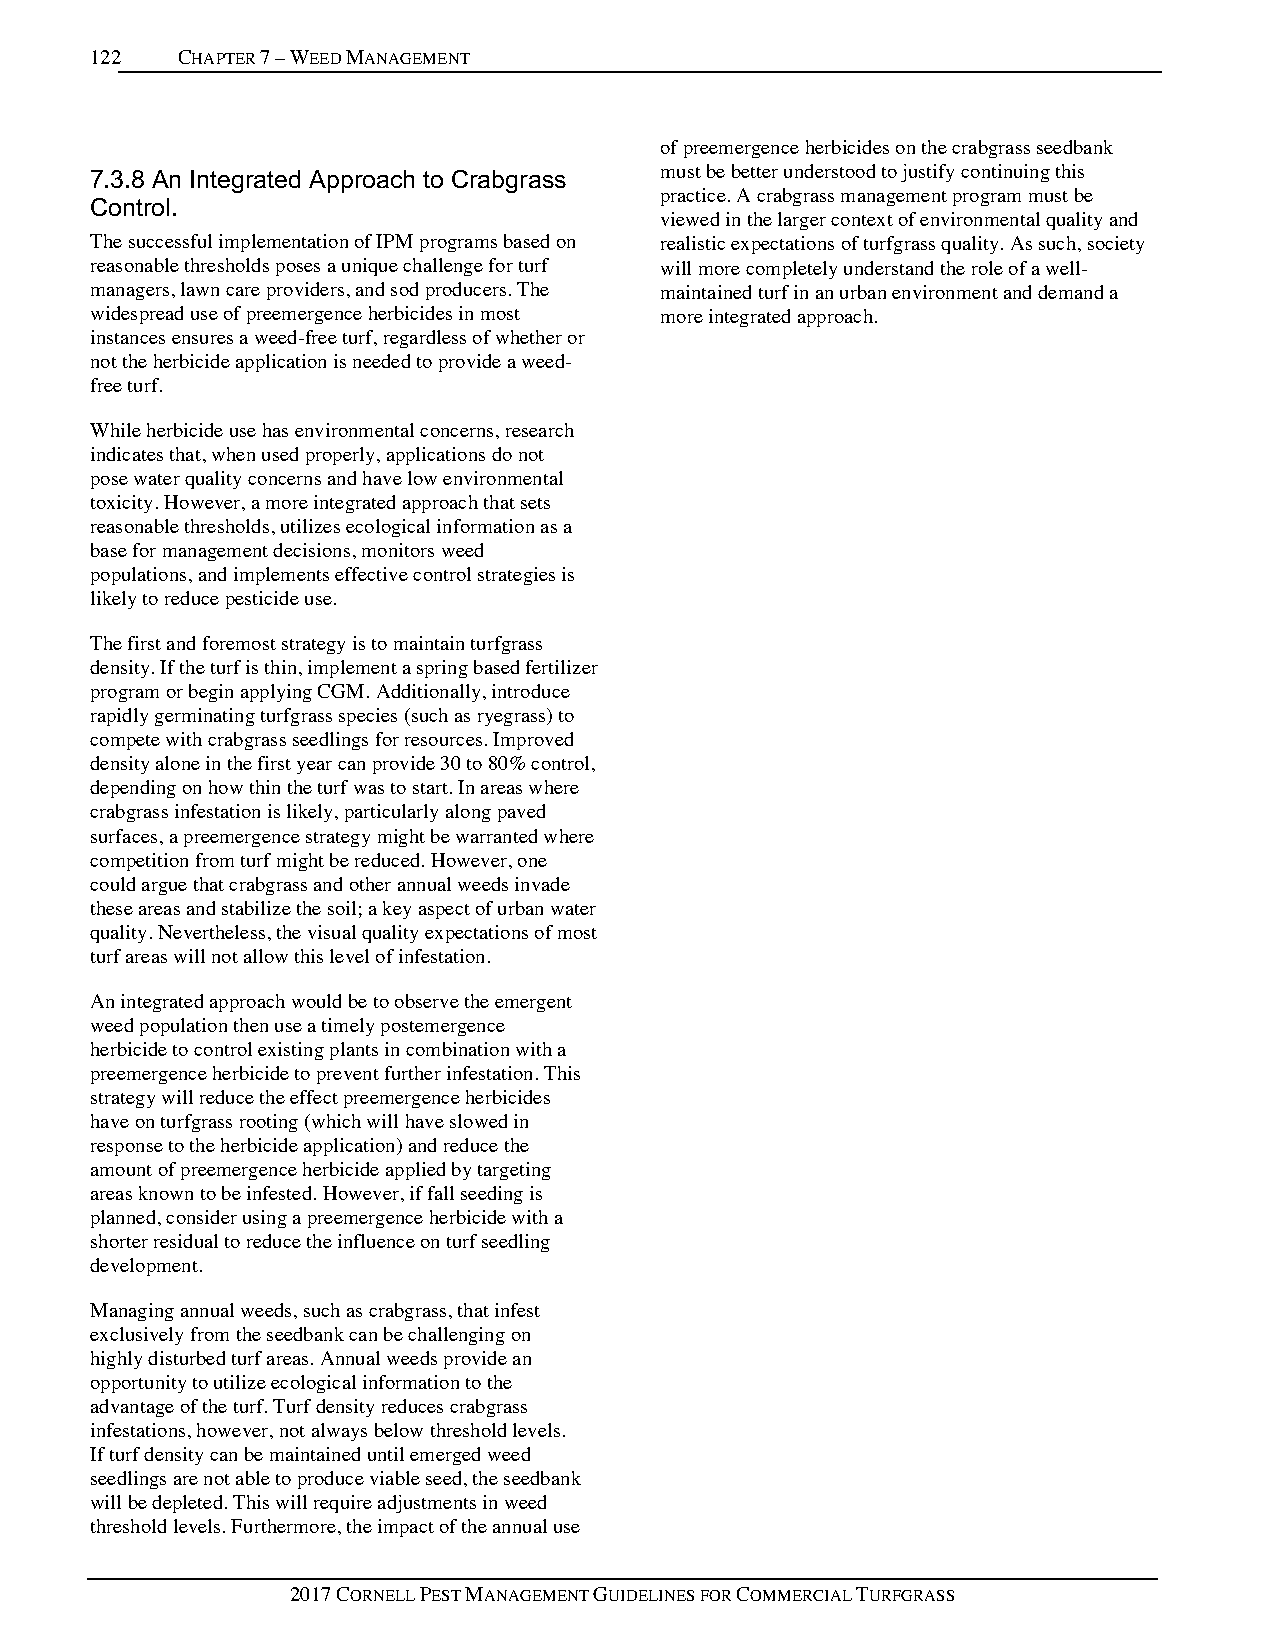
122   CHAPTER 7 – WEED MANAGEMENT
 of preemergence herbicides on the crabgrass seedbank
 7.3.8 An Integrated Approach to Crabgrass must be better understood to justify continuing this
 practice. A crabgrass management program must be
 Control.
 viewed in the larger context of environmental quality and
 The successful implementation of IPM programs based on realistic expectations of turfgrass quality. As such, society
 reasonable thresholds poses a unique challenge for turf will more completely understand the role of a well-
 managers, lawn care providers, and sod producers. The maintained turf in an urban environment and demand a
 widespread use of preemergence herbicides in most more integrated approach.
 instances ensures a weed-free turf, regardless of whether or
 not the herbicide application is needed to provide a weed-
 free turf.
 While herbicide use has environmental concerns, research
 indicates that, when used properly, applications do not
 pose water quality concerns and have low environmental
 toxicity. However, a more integrated approach that sets
 reasonable thresholds, utilizes ecological information as a
 base for management decisions, monitors weed
 populations, and implements effective control strategies is
 likely to reduce pesticide use.
 The first and foremost strategy is to maintain turfgrass
 density. If the turf is thin, implement a spring based fertilizer
 program or begin applying CGM. Additionally, introduce
 rapidly germinating turfgrass species (such as ryegrass) to
 compete with crabgrass seedlings for resources. Improved
 density alone in the first year can provide 30 to 80% control,
 depending on how thin the turf was to start. In areas where
 crabgrass infestation is likely, particularly along paved
 surfaces, a preemergence strategy might be warranted where
 competition from turf might be reduced. However, one
 could argue that crabgrass and other annual weeds invade
 these areas and stabilize the soil; a key aspect of urban water
 quality. Nevertheless, the visual quality expectations of most
 turf areas will not allow this level of infestation.
 An integrated approach would be to observe the emergent
 weed population then use a timely postemergence
 herbicide to control existing plants in combination with a
 preemergence herbicide to prevent further infestation. This
 strategy will reduce the effect preemergence herbicides
 have on turfgrass rooting (which will have slowed in
 response to the herbicide application) and reduce the
 amount of preemergence herbicide applied by targeting
 areas known to be infested. However, if fall seeding is
 planned, consider using a preemergence herbicide with a
 shorter residual to reduce the influence on turf seedling
 development.
 Managing annual weeds, such as crabgrass, that infest
 exclusively from the seedbank can be challenging on
 highly disturbed turf areas. Annual weeds provide an
 opportunity to utilize ecological information to the
 advantage of the turf. Turf density reduces crabgrass
 infestations, however, not always below threshold levels.
 If turf density can be maintained until emerged weed
 seedlings are not able to produce viable seed, the seedbank
 will be depleted. This will require adjustments in weed
 threshold levels. Furthermore, the impact of the annual use
 2017 CORNELL PEST MANAGEMENT GUIDELINES FOR COMMERCIAL TURFGRASS